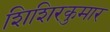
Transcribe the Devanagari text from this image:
शिशिरकुमार